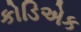
કોડિએક